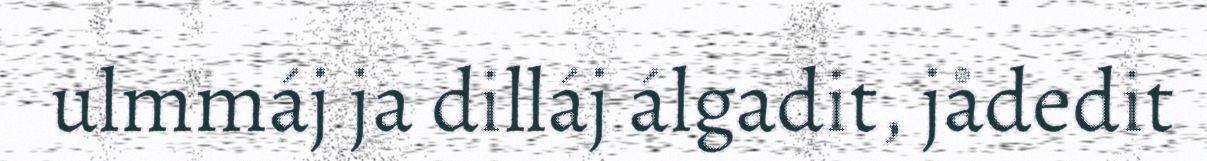
ulmmáj ja dilláj álgadit, jådedit